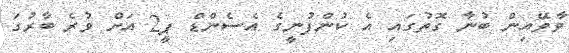
ވާވޭއިން ބުނާ ގޮތުގައި އެ ކުންފުނީގެ އެސެންޑް ޕީ2 އަށް ވުރެ ބާރުގަ